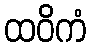
ထဝိကံ